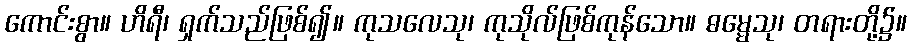
ကောင်းစွာ။ ဟိရီ၊ ရှက်သည်ဖြစ်၍။ ကုသလေသု၊ ကုသိုလ်ဖြစ်ကုန်သော။ ဓမ္မေသု၊ တရားတို့၌။